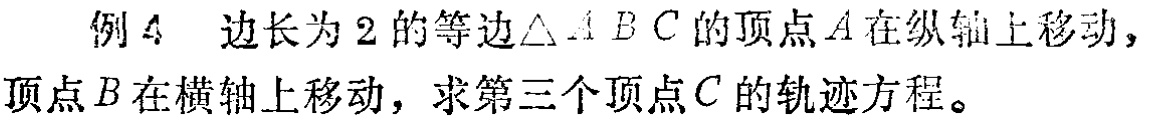
例4 边长为2的等边$\triangle ABC$的顶点$A$在纵轴上移动，顶点$B$在横轴上移动，求第三个顶点$C$的轨迹方程。